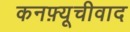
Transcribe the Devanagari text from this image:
कनफ़्यूचीवाद